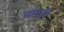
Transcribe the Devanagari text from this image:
मछरी